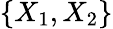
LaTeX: \{ X_{1},X_{2}\}